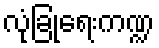
လုံခြုံရေးကဏ္ဍ